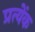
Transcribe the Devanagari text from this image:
प्रत्येंक